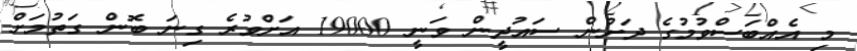
މި އެއްބަސްވުމުގެ ދަށުން ސައުދީން ވަނީ 19000 އަށްވުރެ ގިނަ ބޮން ގަތުމަށް